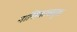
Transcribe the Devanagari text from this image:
नासिकासदृश